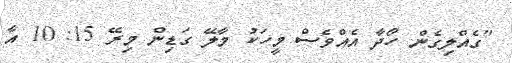
"ގެއްލިގެން ހޯދާ އެއްވެސް މީހަކު މާލޭ ގަޑިން މިރޭ 15: 10 އާ